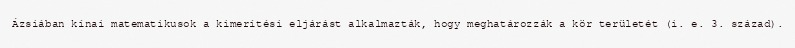
Ázsiában kínai matematikusok a kimerítési eljárást alkalmazták, hogy meghatározzák a kör területét (i. e. 3. század).